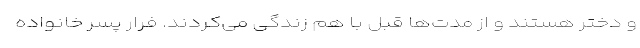
و دختر هستند و از مدت‌ها قبل با هم زندگی می‌کردند. فرار پسر خانواده